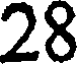
28